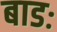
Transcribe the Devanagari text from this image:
बाडः